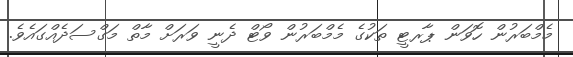
މެމްބަރުން ހޮވަން ޕާރޓީ ތަކުގެ މެމްބަރުން ވޯޓް ދެނީ ވަރަށް މާތް މަގްސަދެއްގައެވެ.